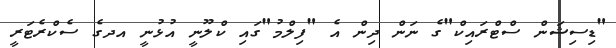
"ޑިސިޝަން ސްޓްރައިކް"ގެ ނަން ދިން އެ "ފިލްމު"ގައި ކްލޫނީ އުޅުނީ އދގެ ސެކްރެޓަރީ